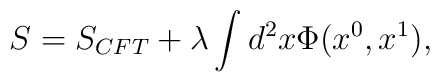
S=S_{CFT}+ \lambda \int d^2 x \Phi (x^0,x^1),